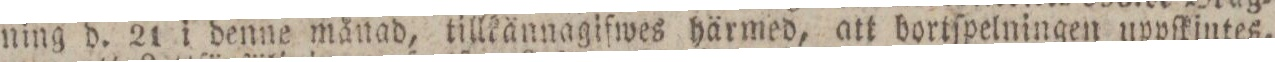
ning d. 21 i denne månad, tillkännagifwes härmed, att bortſpelningen uppſkjutes,